Annual report on the health of the army in India
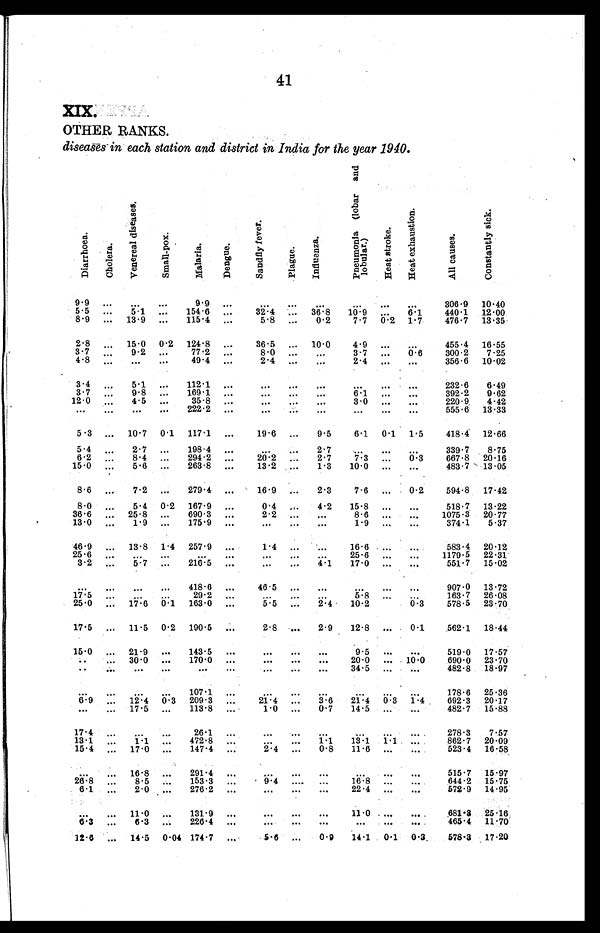
41
XIX.
OTHER RANKS.
diseases in each station and district in India for the year 1940.
Di a r r h o e a .
Ch o l e r a .
V e n e r a l d i s e a s e s .
Smal l - pox. Mal ar i a. De n g u e .
S a n d f l y f e v e r .
Pl a g u e .
Influenza.
P n e u m o n i a ( l o b a r a n d l o b u l a r . )
H e a t s t r o k e .
H e a t e x h a u s t i o n .
A l l c a u s e s .
C o n s t a n t l y s i c k .
9 . 9
...
. . .
. . . 9.9
. . .
...
. . .
. . .
. . .
. . .
. . . 306.9 10.40
5.5 ...
5.1
. . . 154.6
. . .
2 . 4
. . . 36.8 10.9 ...
6 . 1 440.1 12.00
8.9 ... 13.9
. . . 115.4
. . .
5 . 8 8 ... 0.2
7 . 7 7 00.2 1.7
476.7 13.35
2.8 ...
1 5 . 0 2 00.2 124.8
. . .
3 6 ' 5
. . .
1 0 . 4 0 4.9
. . . ...
455.4 16.55
3 . 7 ... 9.2
. . .
7 7 . 2 ...
8 . 0
. . .
. . . 3.7
. . . 0.6
3 0 0 ' 2 7.25
4.8 ...
. . .
. . . 49.4 ...
2 . 4
. . .
. . . 2.4
. . .
. . . 356.6 10.02
3.4 ... 55.1
. . . 112.1
. . .
. . . ...
. . .
. . .
. . . ...
2 3 2 . 6 6.49
33.7 ... 9.8
. . . 169.1
. . .
. . .
. . . ...
6.1 ...
. . .
392.2 9.62
12.0 ... 4.5 ...
35.8
. . .
. . . ... ...
3 0
. . .
. . . 220.9. 4.42
...
...
. . .
. . .
2 2 2 . 2
. . . ...
. . . ...
. . . ... ...
555.6 13.33
5.3 ... 10.7 0.1 117.1 ...
19.6
. . . 9.5
6.1 0.1 1.5
418.4 12.66
5.4 ... 2.7 ... 198.4 ...
...
. . . 2.7
. . . ...
. . .
339.7 8.75
6.2 ... 8.4 ... 294.2
. . . 20.2
. . . 2.7
7.3
. . . 0.3
667.8 20.16
15.0 ...
5.6
. . . 263.8
. . .
1 3 . 2 2
. . . 15.3 10.0
. . .
. . .
483.7
1 3 . 0 5
8.6 ...
7.2 ... 279.4
. . . 16.9 ... 2.3
7.6 ... 0.2
594.8 17.42
8.0 ...
5.4 0.2 167.9 ...
00.4
. . . 4.2 15.8
. . .
. . .
518.7 13.22
36.6 ... 25.8 ... 690.3
. . .
2.2 ... ...
8.6 ... ...
1075.3 20.77
13.0 ... 1.9 ... 175.9
. . .
...
. . . ...
1 . 9
. . .
. . . 374.1 5.37
46.9 ... 13.8 1.4 257.9
. . .
1.4
. . .
. . . 16.6
. . .
. . . 583.4 20.12
25.6 ...
. . .
. . .
. . .
. . . ...
. . . ...
25.6
. . . ...
1179.5 22.31
3.2 ... 5.7
. . . 216.5 ...
. . .
. . . 4.1 17.0
. . .
. . . 551.7 15.02
...
...
. . .
. . .
4 1 8 . 6
. . .
4 6 . 5
. . .
. . .
. . .
. . .
. . . 907.0 13.72
17.5 ... ... ...
29.2
. . .
. . .
. . .
. . .
5 . 8
. . .
. . .
163.7 26.08
25.0 ... 17.6 0.1 163.0
. . .
5.5 ...
2 . 4 10.2
. . . 0.3
578.5 23.70
17.5 ... 11.5 0.2 190.5 ...
2.8 ... 2.9 12.8 ... 0.1
562.1 18.44
15.0 ... 21.9 ... 143.5 ...
... ... ...
9 . 5
. . .
. . . 519.0 17.57
...
...
30.0 ... 170.0 ...
. . .
. . .
. . . 20.0
. . . 10.0
690.0 23.70
...
...
. . .
. . . ... ...
. . .
. . .
. . .
3 4 . 5
. . .
. . . 482.8 18.97
...
...
. . . . . . 107.1
. . .
. . .
. . .
. . .
. . .
. . .
. . . 178.6 25.36
6.9 ... 12.4 0.3 209.3 ...
21.4 ... 3.6 21.4 0.3 1.4
692.3 20.17
... ... 17.5
. . . 113.8
. . . 1.0
. . . 0.7 14.5 ...
. . .
482.7 15.88
17.4 ... ...
. . . 26.1
. . .
. . .
. . .
. . .
. . . . . .
. . . 278.3 7.57
13.1 ... 1.1 ... 472.8
. . . ...
... 1.1 13.1 1.1
. . .
862.7 20.09
15.4 ... 17.0 ... 147.4
. . .
2.4 ... 0.8 11.6 ...
. . .
523.4 16.58
... ... 16.8 ... 291.4 ...
. . .
. . .
. . .
. . .
. . .
. . . 515.7 15.97
26.8 ... 8.5
. . . 153.3
. . . 9.4
... ...
16.8 .. .
...
644.2 15.75
6.1 ... 2.0 ... 276.2
. . .
. . .
. . .
. . . 22.4 ... ...
572.9 14.95
... ... 11.0
. . . 131.9 ...
. . .
. . .
. . .
1 1 . 0
. . . ...
6 8 1 . 3
2 5 . 1 6
6 . 3 ...
6 . 3 ... 226.4 ...
. . .
. . . . . .
...
... ...
465.4 11.70
12.6 ... 14.5 0.04 174.7
. . . 5.6
. . . 0.9 14.1 0.1 0.3.
578.3
1 7 . 2 0